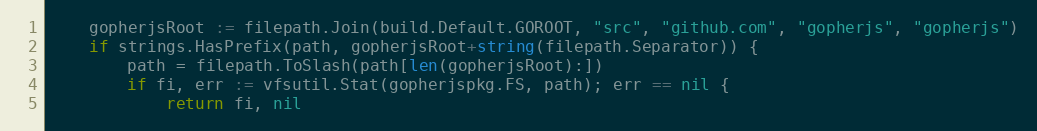
Language: Go
	gopherjsRoot := filepath.Join(build.Default.GOROOT, "src", "github.com", "gopherjs", "gopherjs")
	if strings.HasPrefix(path, gopherjsRoot+string(filepath.Separator)) {
		path = filepath.ToSlash(path[len(gopherjsRoot):])
		if fi, err := vfsutil.Stat(gopherjspkg.FS, path); err == nil {
			return fi, nil